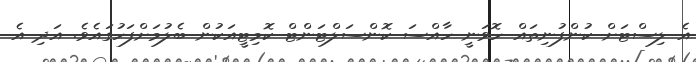
އެ ލިސްޓަށް ކުންފުނިތައް ހޮވަނީ ހާއްސަ ކޮންސަލްޓަންޓް ކޮމިޓީއަކުން ބެލުމަށްފަހުގައެވެ. އަދި އެ